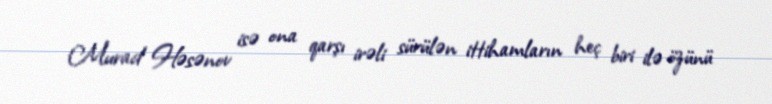
Murad Həsənov isə ona qarşı irəli sürülən ittihamların heç biri ilə özünü